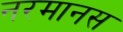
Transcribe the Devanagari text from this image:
नरमानस